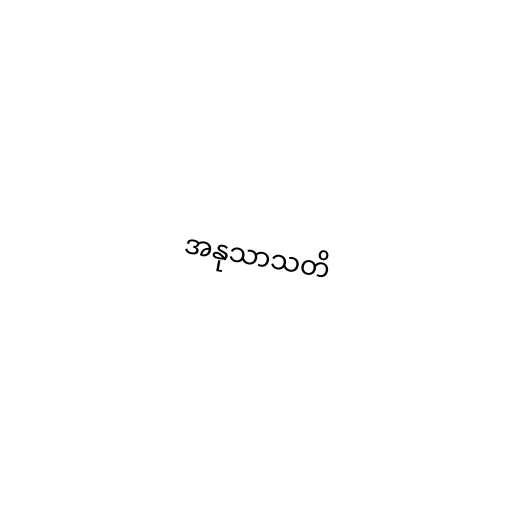
အနုသာသတိ